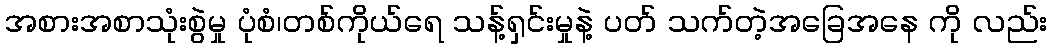
အစားအစာသုံးစွဲမှု ပုံစံ၊တစ်ကိုယ်ရေ သန့်ရှင်းမှုနဲ့ ပတ် သက်တဲ့အခြေအနေ ကို လည်း